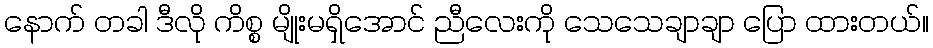
နောက် တခါ ဒီလို ကိစ္စ မျိုးမရှိအောင် ညီလေးကို သေသေချာချာ ပြော ထားတယ်။